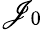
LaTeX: \mathscr{J}_{0}